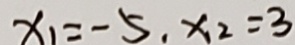
x _ { 1 } = - 5 , x _ { 2 } = 3